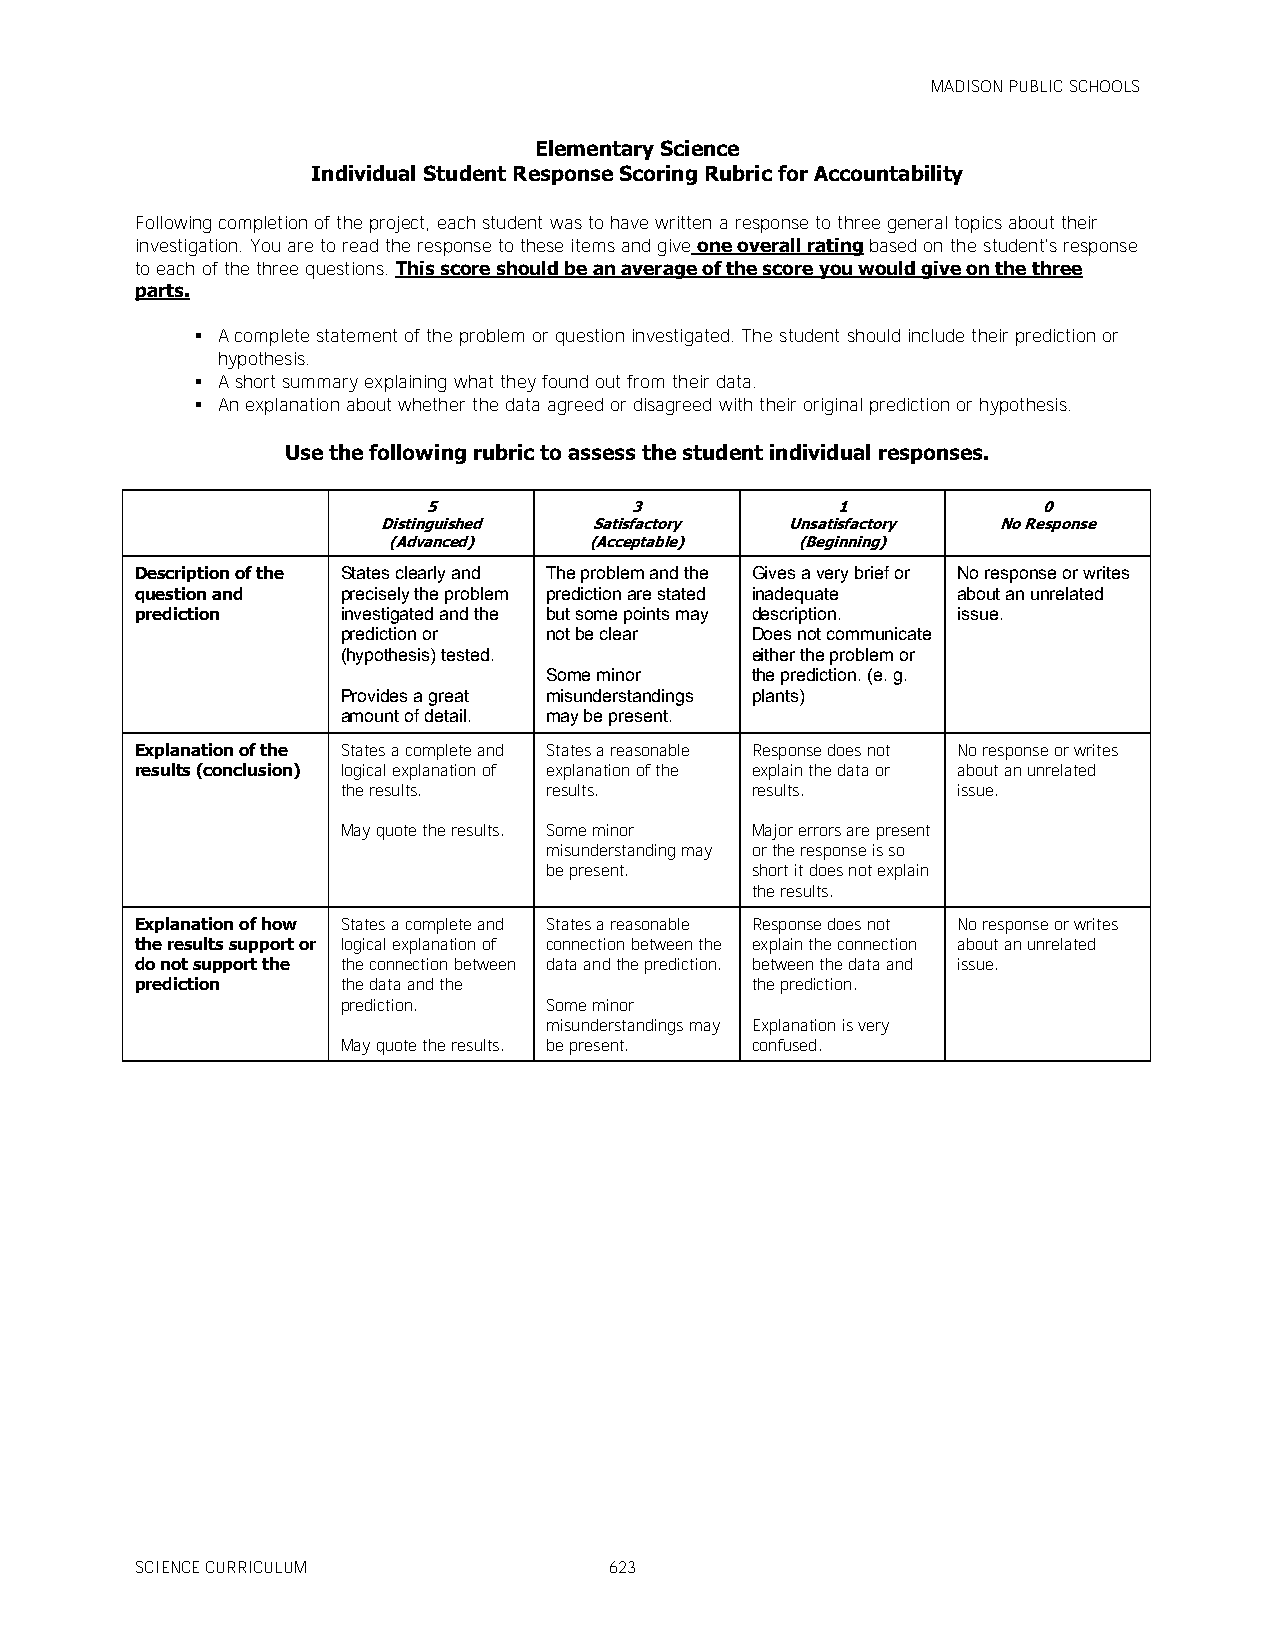
MADISON PUBLIC SCHOOLS
 Elementary Science
 Individual Student Response Scoring Rubric for Accountability
 Following completion of the project, each student was to have written a response to three general topics about their
 investigation. You are to read the response to these items and give one overall rating based on the student's response
 to each of the three questions. This score should be an average of the score you would give on the three
 parts.
  A complete statement of the problem or question investigated. The student should include their prediction or
 hypothesis.
  A short summary explaining what they found out from their data.
  An explanation about whether the data agreed or disagreed with their original prediction or hypothesis.
 Use the following rubric to assess the student individual responses.
 5             3            1             0
 Distinguished Satisfactory Unsatisfactory No Response
 (Advanced)   (Acceptable)  (Beginning)
 Description of the States clearly and The problem and the Gives a very brief or No response or writes
 question and  precisely the problem prediction are stated inadequate about an unrelated
 prediction    investigated and the but some points may description. issue.
 prediction or not be clear Does not communicate
 (hypothesis) tested.       either the problem or
 Some minor    the prediction. (e. g.
 Provides a great misunderstandings plants)
 amount of detail. may be present.
 Explanation of the States a complete and States a reasonable Response does not No response or writes
 results (conclusion) logical explanation of explanation of the explain the data or about an unrelated
 the results. results.      results.     issue.
 May quote the results. Some minor Major errors are present
 misunderstanding may or the response is so
 be present.   short it does not explain
 the results.
 Explanation of how States a complete and States a reasonable Response does not No response or writes
 the results support or logical explanation of connection between the explain the connection about an unrelated
 do not support the the connection between data and the prediction. between the data and issue.
 prediction    the data and the           the prediction.
 prediction.  Some minor
 misunderstandings may Explanation is very
 May quote the results. be present. confused.
 SCIENCE CURRICULUM             623